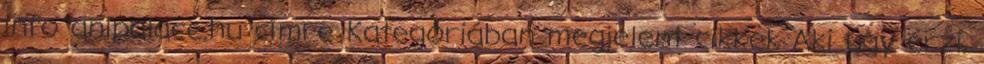
info anipalace.hu címre Kategóriában megjelent cikkek Aki úgy érzi,